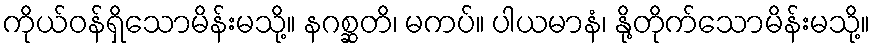
ကိုယ်ဝန်ရှိသောမိန်းမသို့။ နဂစ္ဆတိ၊ မကပ်။ ပါယမာနံ၊ နို့တိုက်သောမိန်းမသို့။